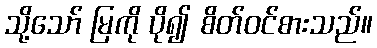
သို့သော် မြကို ပို၍ စိတ်ဝင်စားသည်။